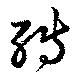
転